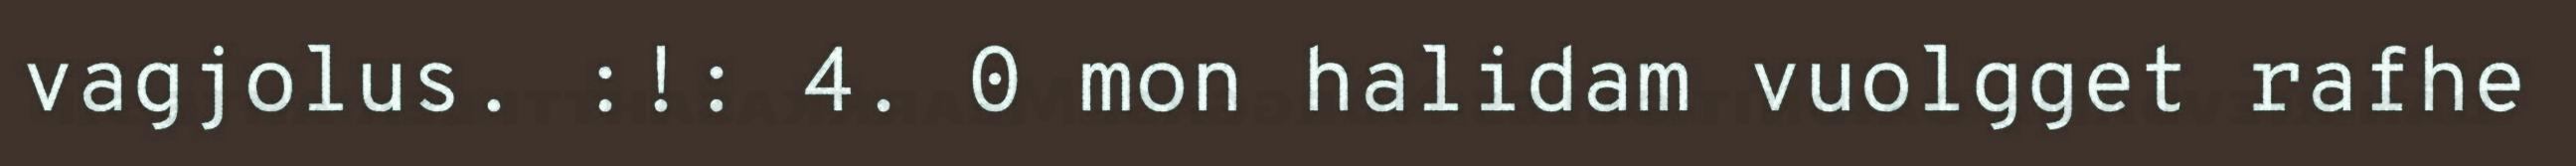
vagjolus. :!: 4. 0 mon halidam vuolgget rafhe